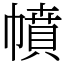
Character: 幩